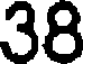
38